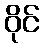
ဝိုင်